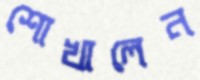
শোখালেন